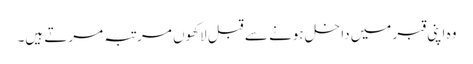
وہ اپنی قبر میں داخل ہونے سے قبل لاکھوں مرتبہ مرتے ہیں۔